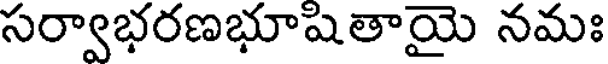
సర్వాభరణభూషితాయై నమః